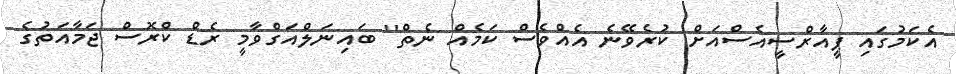
އެކަމުގައި ޕީއާރްސީއެސްއަށް ކުރެވޭނެ އެއްވެސް ކަމެއް ނެތް" ބައިނަލްއަގްވާމީ ރެޑް ކްރޮސް ޖަމާއަތުގެ